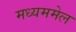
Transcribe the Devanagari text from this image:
मध्यममेल